Lunatic asylums Bombay report 1891-1903 - 1891-1903
Year: 1891
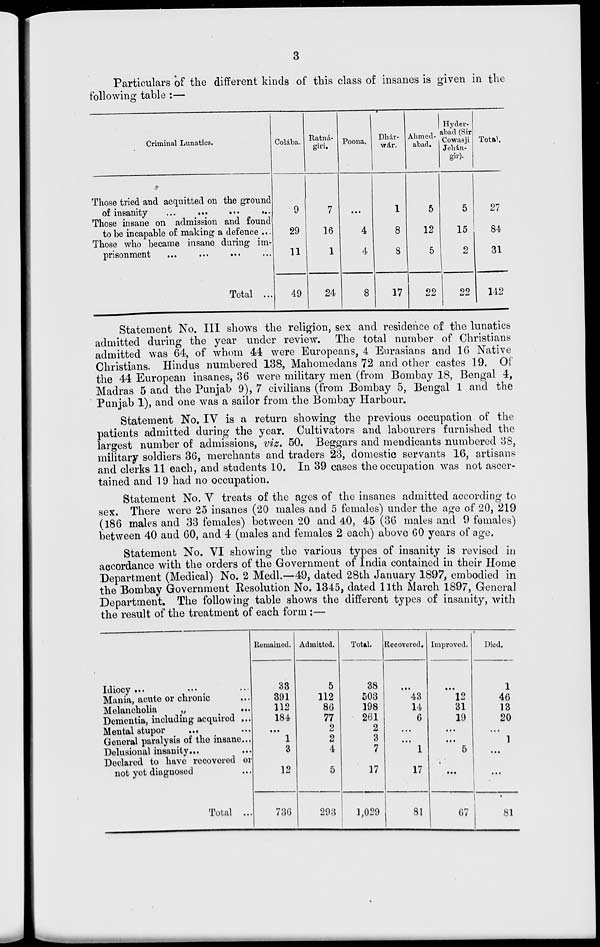
3
Particulars of the different kinds of this class of insanes is given in the
following table :—
Criminal Lunatics.
Those tried and acquitted on the ground
of insanity
...
...
...
...
Those insane on admission and found
to be incapable of making a defence ...
Those who became insane during im-
prisonment ... ... ... ...
Total ...
Colába.
9
29
11
49
Ratná-
giri.
7
16
1
24
Poona.
...
4
4
8
Dhár-
wár.
1
8
8
17
Ahmed-
abad.
5
12
5
22
Hyder-
abad (Sir
Cowasji
Jehán-
gir).
5
15
2
22
Total.
27
84
31
142
Statement No. III shows the religion, sex and residence of the lunatics
admitted during the year under review. The total number of Christians
admitted was 64, of whom 44 were Europeans, 4 Eurasians and 16 Native
Christians. Hindus numbered 138, Mahomedans 72 and other castes 19. Of
the 44 European insanes, 36 were military men (from Bombay 18, Bengal 4,
Madras 5 and the Punjab 9), 7 civilians (from Bombay 5, Bengal 1 and the
Punjab 1), and one was a sailor from the Bombay Harbour.
Statement No. IV is a return showing the previous occupation of the
patients admitted during the year. Cultivators and labourers furnished the
largest number of admissions, viz. 50. Beggars and mendicants numbered 38,
military soldiers 36, merchants and traders 23, domestic servants 16, artisans
and clerks 11 each, and students 10. In 39 cases the occupation was not ascer-
tained and 19 had no occupation.
Statement No. V treats of the ages of the insanes admitted according to
sex. There were 25 insanes (20 males and 5 females) under the age of 20, 219
(186 males and 33 females) between 20 and 40, 45 (36 males and 9 females)
between 40 and 60, and 4 (males and females 2 each) above 60 years of age.
Statement No. VI showing the various types of insanity is revised in
accordance with the orders of the Government of India contained in their Home
Department (Medical) No. 2 Medl.—49, dated 28th January 1897, embodied in
the Bombay Government Resolution No. 1345, dated 11th March 1897, General
Department. The following table shows the different types of insanity, with
the result of the treatment of each form:—
Idiocy ... ... ...
Mania, acute or chronic ...
Melancholia „ ...
Dementia, including acquired ...
Mental stupor ... ...
General paralysis of the insane...
Delusional insanity ... ...
Declared to have recovered or
not yet diagnosed ...
Total ...
Remained.
33
391
112
184
...
1
3
12
736
Admitted.
5
112
86
77
2
2
4
5
293
Total.
38
503
198
261
2
3
7
17
1,029
Recovered.
...
43
14
6
...
...
1
17
81
Improved.
...
12
31
19
...
...
5
...
67
Died.
1
46
13
20
1
...
...
81